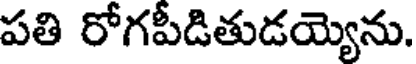
పతి రోగపీడితుడయ్యెను.